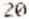
20